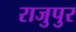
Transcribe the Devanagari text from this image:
राजुपुर